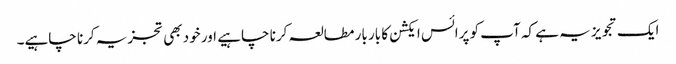
ایک تجویز یہ ہے کہ آپ کو پرائس ایکشن کا بار بار مطالعہ کرنا چاہیے اور خود بھی تجزیہ کرنا چاہیے۔